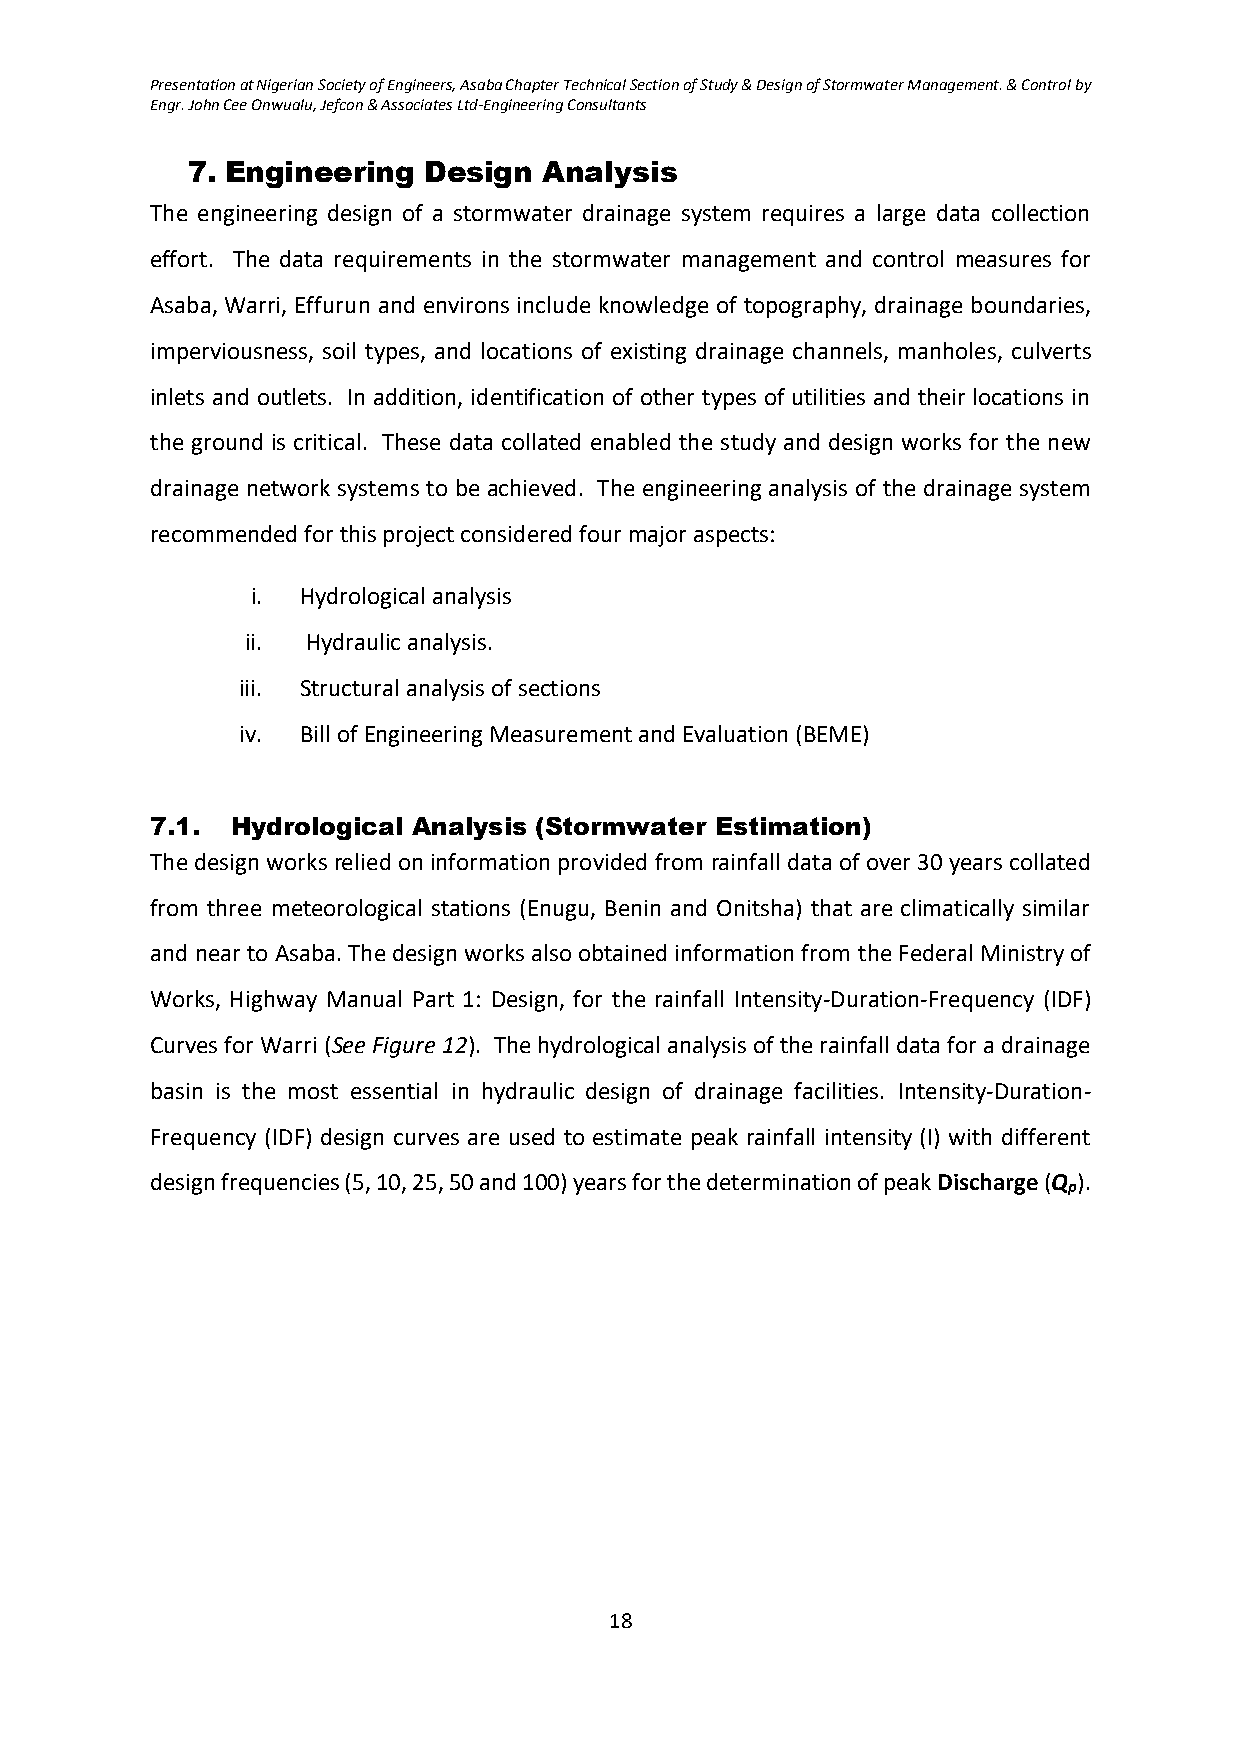
Presentation at Nigerian Society of Engineers, Asaba Chapter Technical Section of Study & Design of Stormwater Management. & Control by
 Engr. John Cee Onwualu, Jefcon & Associates Ltd-Engineering Consultants
 7. Engineering  Design  Analysis
 The engineering design of a stormwater drainage system requires a large data collection
 effort. The data requirements in the stormwater management and control measures for
 Asaba, Warri, Effurun and environs include knowledge of topography, drainage boundaries,
 imperviousness, soil types, and locations of existing drainage channels, manholes, culverts
 inlets and outlets. In addition, identification of other types of utilities and their locations in
 the ground is critical. These data collated enabled the study and design works for the new
 drainage network systems to be achieved. The engineering analysis of the drainage system
 recommended for this project considered four major aspects:
 i. Hydrological analysis
 ii. Hydraulic analysis.
 iii. Structural analysis of sections
 iv. Bill of Engineering Measurement and Evaluation (BEME)
 7.1. Hydrological Analysis (Stormwater Estimation)
 The design works relied on information provided from rainfall data of over 30 years collated
 from three meteorological stations (Enugu, Benin and Onitsha) that are climatically similar
 and near to Asaba. The design works also obtained information from the Federal Ministry of
 Works, Highway Manual Part 1: Design, for the rainfall Intensity-Duration-Frequency (IDF)
 Curves for Warri (See Figure 12). The hydrological analysis of the rainfall data for a drainage
 basin is the most essential in hydraulic design of drainage facilities. Intensity-Duration-
 Frequency (IDF) design curves are used to estimate peak rainfall intensity (I) with different
 design frequencies (5, 10, 25, 50 and 100) years for the determination of peak Discharge (Q ).
 p
 18